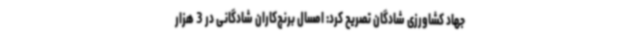
جهاد کشاورزی شادگان تصریح کرد: امسال برنج‌کاران شادگانی در 3 هزار